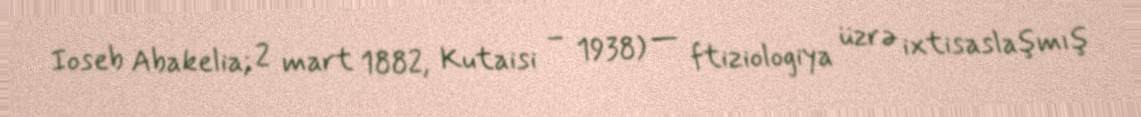
Ioseb Abakelia; 2 mart 1882, Kutaisi – 1938) — ftiziologiya üzrə ixtisaslaşmış